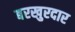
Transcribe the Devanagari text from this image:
बरखुरदार